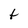
Character: t